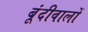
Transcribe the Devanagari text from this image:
बूंदीवालों